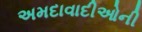
અમદાવાદીઓની